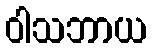
ဝါသဘာယ